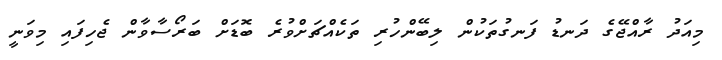
މިއަދު ރާއްޖޭގެ ދަނޑު ފަނގުތަކުން ލިބޭންހުރި ތަކެއްޗަށްވުރެ ބޮޑަށް ބަރޯސާވާން ޖެހިފައި މިވަނީ